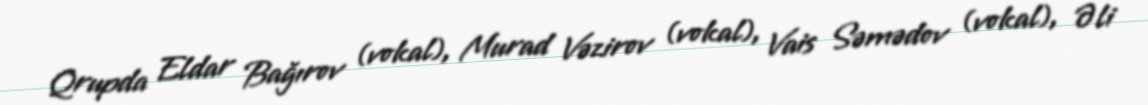
Qrupda Eldar Bağırov (vokal), Murad Vəzirov (vokal), Vais Səmədov (vokal), Əli